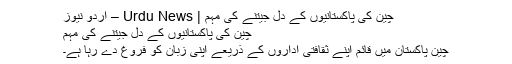
چین کی پاکستانیوں کے دل جیتنے کی مہم | Urdu News – اردو نیوز
چین کی پاکستانیوں کے دل جیتنے کی مہم
چین پاکستان میں قائم اپنے ثقافتی اداروں کے ذریعے اپنی زبان کو فروغ دے رہا ہے۔